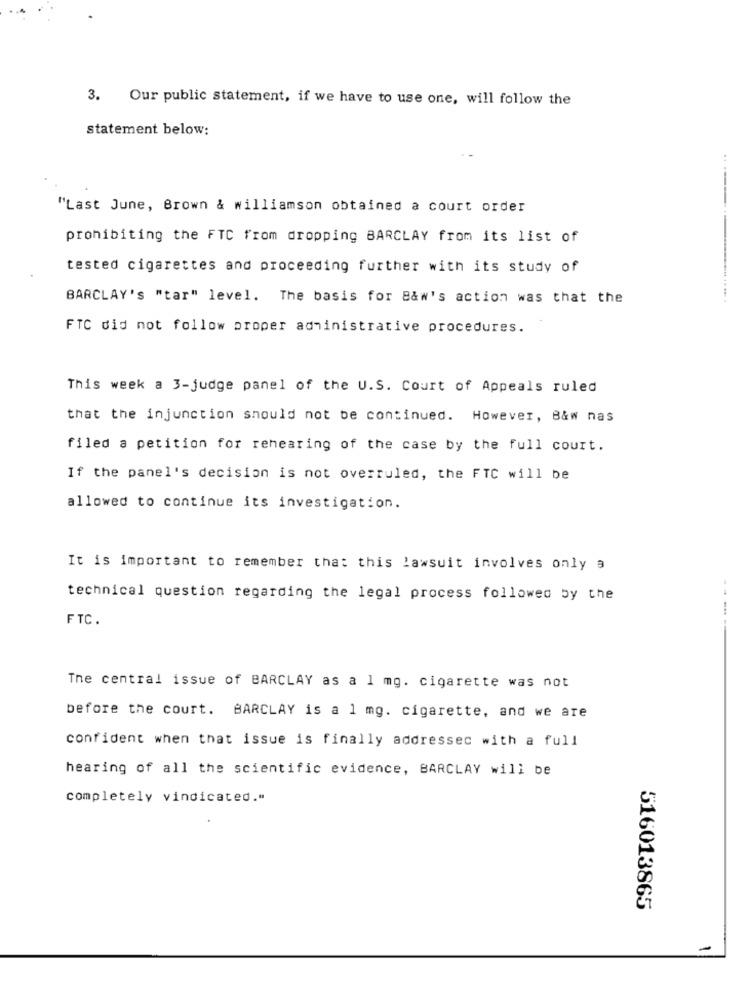
3. Our public statement, if we have to use one, will follow the
statement below:
"Last June, Brown & williamson obtained a court order
prohibiting the FTC from dropping BARCLAY from its list of
tested cigarettes and proceeding further with its study of
BARCLAY's "tar" level. The basis for B&w's action was that the
FTC did not follow proper administrative procedures.
This week a 3-judge panel of the U.S. Court of Appeals ruled
that the injunction should not be continued. However, B&w nas
filed a petition for rehearing of the case by the full court.
If the panel's decision is not overruled, the FTC will be
allowed to continue its investigation.
It is important to remember that this lawsuit involves only 9
technical question regarding the legal process followed by the
FTC.
----
The central issue of BARCLAY as a 1 mg. cigarette was not
before the court. BARCLAY is a 1 mg. cigarette, and we are
confident when that issue is finally addressec with a full
hearing of all the scientific evidence, BARCLAY will be
completely vindicated."
516013865
-